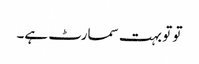
تو تو بہت سمارٹ ہے۔